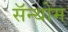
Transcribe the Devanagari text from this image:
सॅन्थोम